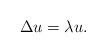
LaTeX: \begin{align*} \Delta u=\lambda u.\end{align*}